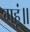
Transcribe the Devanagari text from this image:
गहूं॥